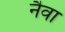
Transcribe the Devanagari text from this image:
नैवा